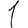
Digit: 1